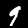
Digit: 9